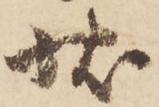
状